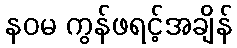
နဝမ ကွန်ဖရင့်အချိန်